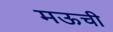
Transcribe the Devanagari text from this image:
मऊची